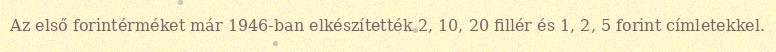
Az első forintérméket már 1946-ban elkészítették 2, 10, 20 fillér és 1, 2, 5 forint címletekkel.